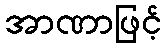
အာဏာဖြင့်